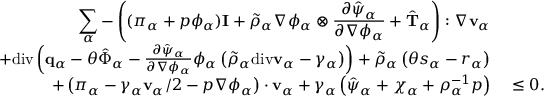
\begin{array} { r l } { \displaystyle \sum _ { \alpha } - \left( ( \pi _ { \alpha } + p \phi _ { \alpha } ) \mathbf { I } + \tilde { \rho } _ { \alpha } \nabla \phi _ { \alpha } \otimes \frac { \partial \hat { \psi } _ { \alpha } } { \partial \nabla \phi _ { \alpha } } + \hat { \mathbf { T } } _ { \alpha } \right) : \nabla \mathbf { v } _ { \alpha } } & { } \\ { + \mathrm { d i v } \left( \mathbf { q } _ { \alpha } - \theta \hat { \boldsymbol { \Phi } } _ { \alpha } - \frac { \partial \hat { \psi } _ { \alpha } } { \partial \nabla \phi _ { \alpha } } \phi _ { \alpha } \left( \tilde { \rho } _ { \alpha } \mathrm { d i v } \mathbf { v } _ { \alpha } - \gamma _ { \alpha } \right) \right) + \tilde { \rho } _ { \alpha } \left( \theta s _ { \alpha } - r _ { \alpha } \right) } & { } \\ { + \left( \boldsymbol { \pi } _ { \alpha } - \gamma _ { \alpha } \mathbf { v } _ { \alpha } / 2 - p \nabla \phi _ { \alpha } \right) \cdot \mathbf { v } _ { \alpha } + \gamma _ { \alpha } \left( \hat { \psi } _ { \alpha } + \chi _ { \alpha } + \rho _ { \alpha } ^ { - 1 } p \right) } & { ~ \leq 0 . } \end{array}